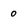
Character: 0